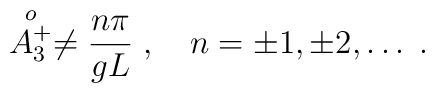
\stackrel{o}{A^+_3} \neq {n \pi \over gL}\;, \quad  n= \pm1, \pm2, \ldots \;.